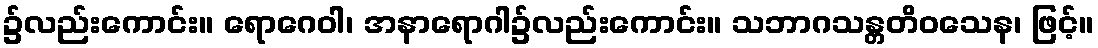
၌လည်းကောင်း။ ရောဂေဝါ၊ အနာရောဂါ၌လည်းကောင်း။ သဘာဂသန္တတိဝသေန၊ ဖြင့်။